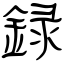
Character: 録